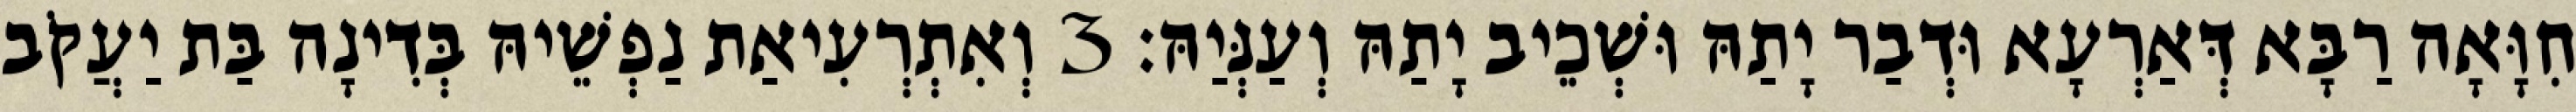
חִוָּאָה רַבָּא דְּאַרְעָא וּדְבַר יָתַהּ וּשְׁכֵיב יָתַהּ וְעַנְּיַהּ׃ 3 וְאִתְרְעִיאַת נַפְשֵׁיהּ בְּדִינָה בַּת יַעֲקֹב